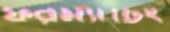
ফরম্যাটিং